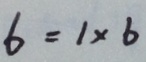
6 = 1 \times 6